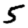
Digit: 5